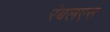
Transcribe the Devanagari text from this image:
रंबलएस